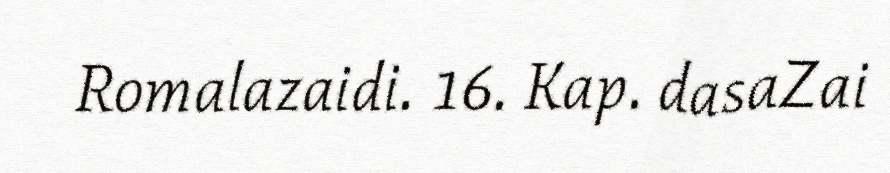
Romalazaidi. 16. Kap. dasaZai